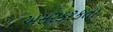
અસરકરકતા